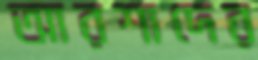
আরশাদের